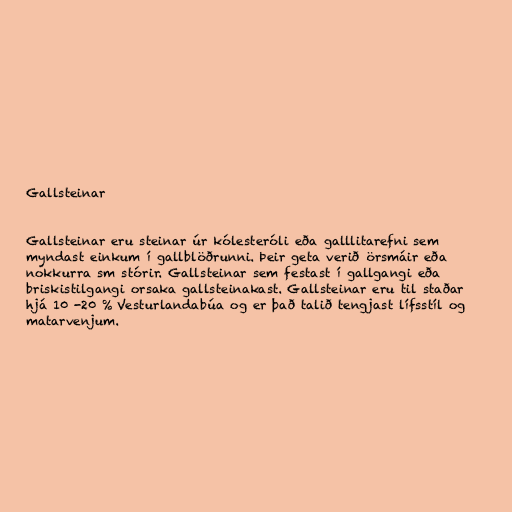
Gallsteinar

Gallsteinar eru steinar úr kólesteróli eða galllitarefni sem
myndast einkum í gallblöðrunni. Þeir geta verið örsmáir eða
nokkurra sm stórir. Gallsteinar sem festast í gallgangi eða
briskistilgangi orsaka gallsteinakast. Gallsteinar eru til staðar
hjá 10 -20 % Vesturlandabúa og er það talið tengjast lífsstíl og
matarvenjum.